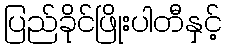
ပြည်ခိုင်ဖြိုးပါတီနှင့်